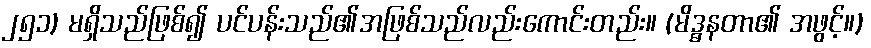
၂၅၁) မရှိသည်ဖြစ်၍ ပင်ပန်းသည်၏အဖြစ်သည်လည်းကောင်းတည်း။ (မိဒ္ဓနတာ၏ အဖွင့်။)